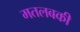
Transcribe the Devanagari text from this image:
मतलबकी